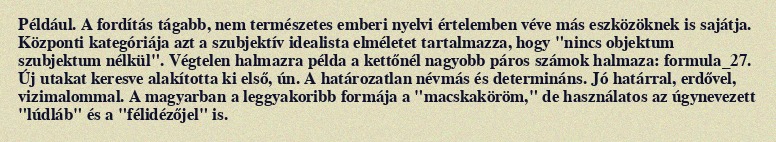
Például. A fordítás tágabb, nem természetes emberi nyelvi értelemben véve más eszközöknek is sajátja. Központi kategóriája azt a szubjektív idealista elméletet tartalmazza, hogy "nincs objektum szubjektum nélkül". Végtelen halmazra példa a kettőnél nagyobb páros számok halmaza: formula_27. Új utakat keresve alakította ki első, ún. A határozatlan névmás és determináns. Jó határral, erdővel, vizimalommal. A magyarban a leggyakoribb formája a "macskaköröm," de használatos az úgynevezett "lúdláb" és a "félidézőjel" is.